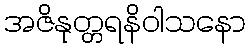
အဇိနုတ္တရနိဝါသနော